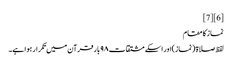
[6] [7]
نماز کا مقام
لفظ صلاۃ (نماز)اور اسکے مشتقات ۹۸ بار قرآن میں تکرار ہوا ہے۔